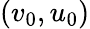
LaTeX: (v_{0},u_{0})